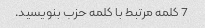
7 کلمه مرتبط با کلمه حزب بنویسید.